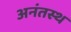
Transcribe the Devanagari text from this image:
अनंतस्थ